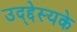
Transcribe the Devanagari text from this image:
उद्द्देस्यके